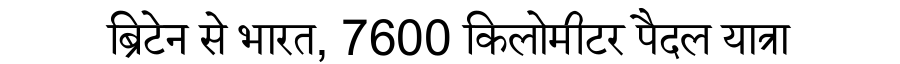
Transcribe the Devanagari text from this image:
ब्रिटेन से भारत, 7600 किलोमीटर पैदल यात्रा